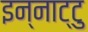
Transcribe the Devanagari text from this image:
इन्नाट्टु